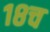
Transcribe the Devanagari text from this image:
१८च